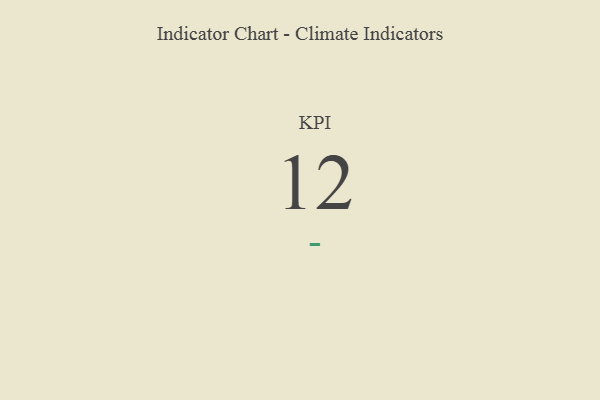
{"axis": {"x": "KPI", "y": "Value"}, "legend": [""], "data": [{"x": "KPI", "y": 12, "type": ""}]}